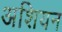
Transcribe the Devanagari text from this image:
अशियन